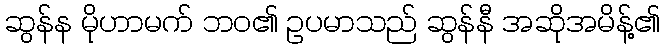
ဆွန်န မိုဟာမက် ဘဝ၏ ဥပမာသည် ဆွန်နီ အဆိုအမိန့်၏